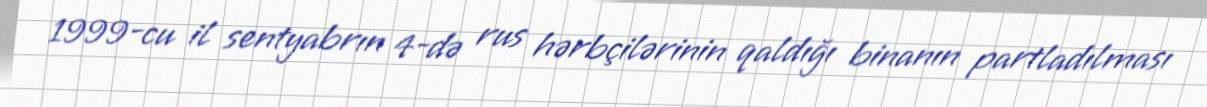
1999-cu il sentyabrın 4-də rus hərbçilərinin qaldığı binanın partladılması